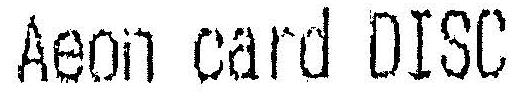
AEON CARD DISC